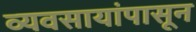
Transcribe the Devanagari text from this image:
व्यवसायांपासून